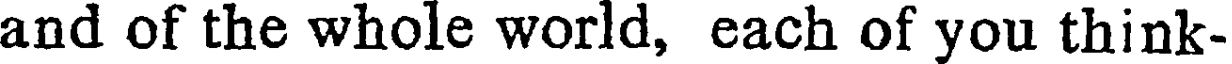
and of the whole world, each of you think-